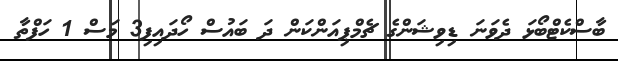
ބާސްކެޓްބޯޅަ ދެވަނަ ޑިވިޝަންގެ ޗެމްޕިއަންކަން ދަ ބައުސް ހޯދައިފި3 މަސް 1 ހަފްތާ